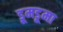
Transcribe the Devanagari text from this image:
डूमडूमा